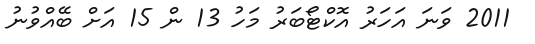
2011 ވަނަ އަހަރު އޮކްޓޯބަރު މަހު 13 ން 15 އަށް ބޭއްވުނު